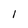
Character: I